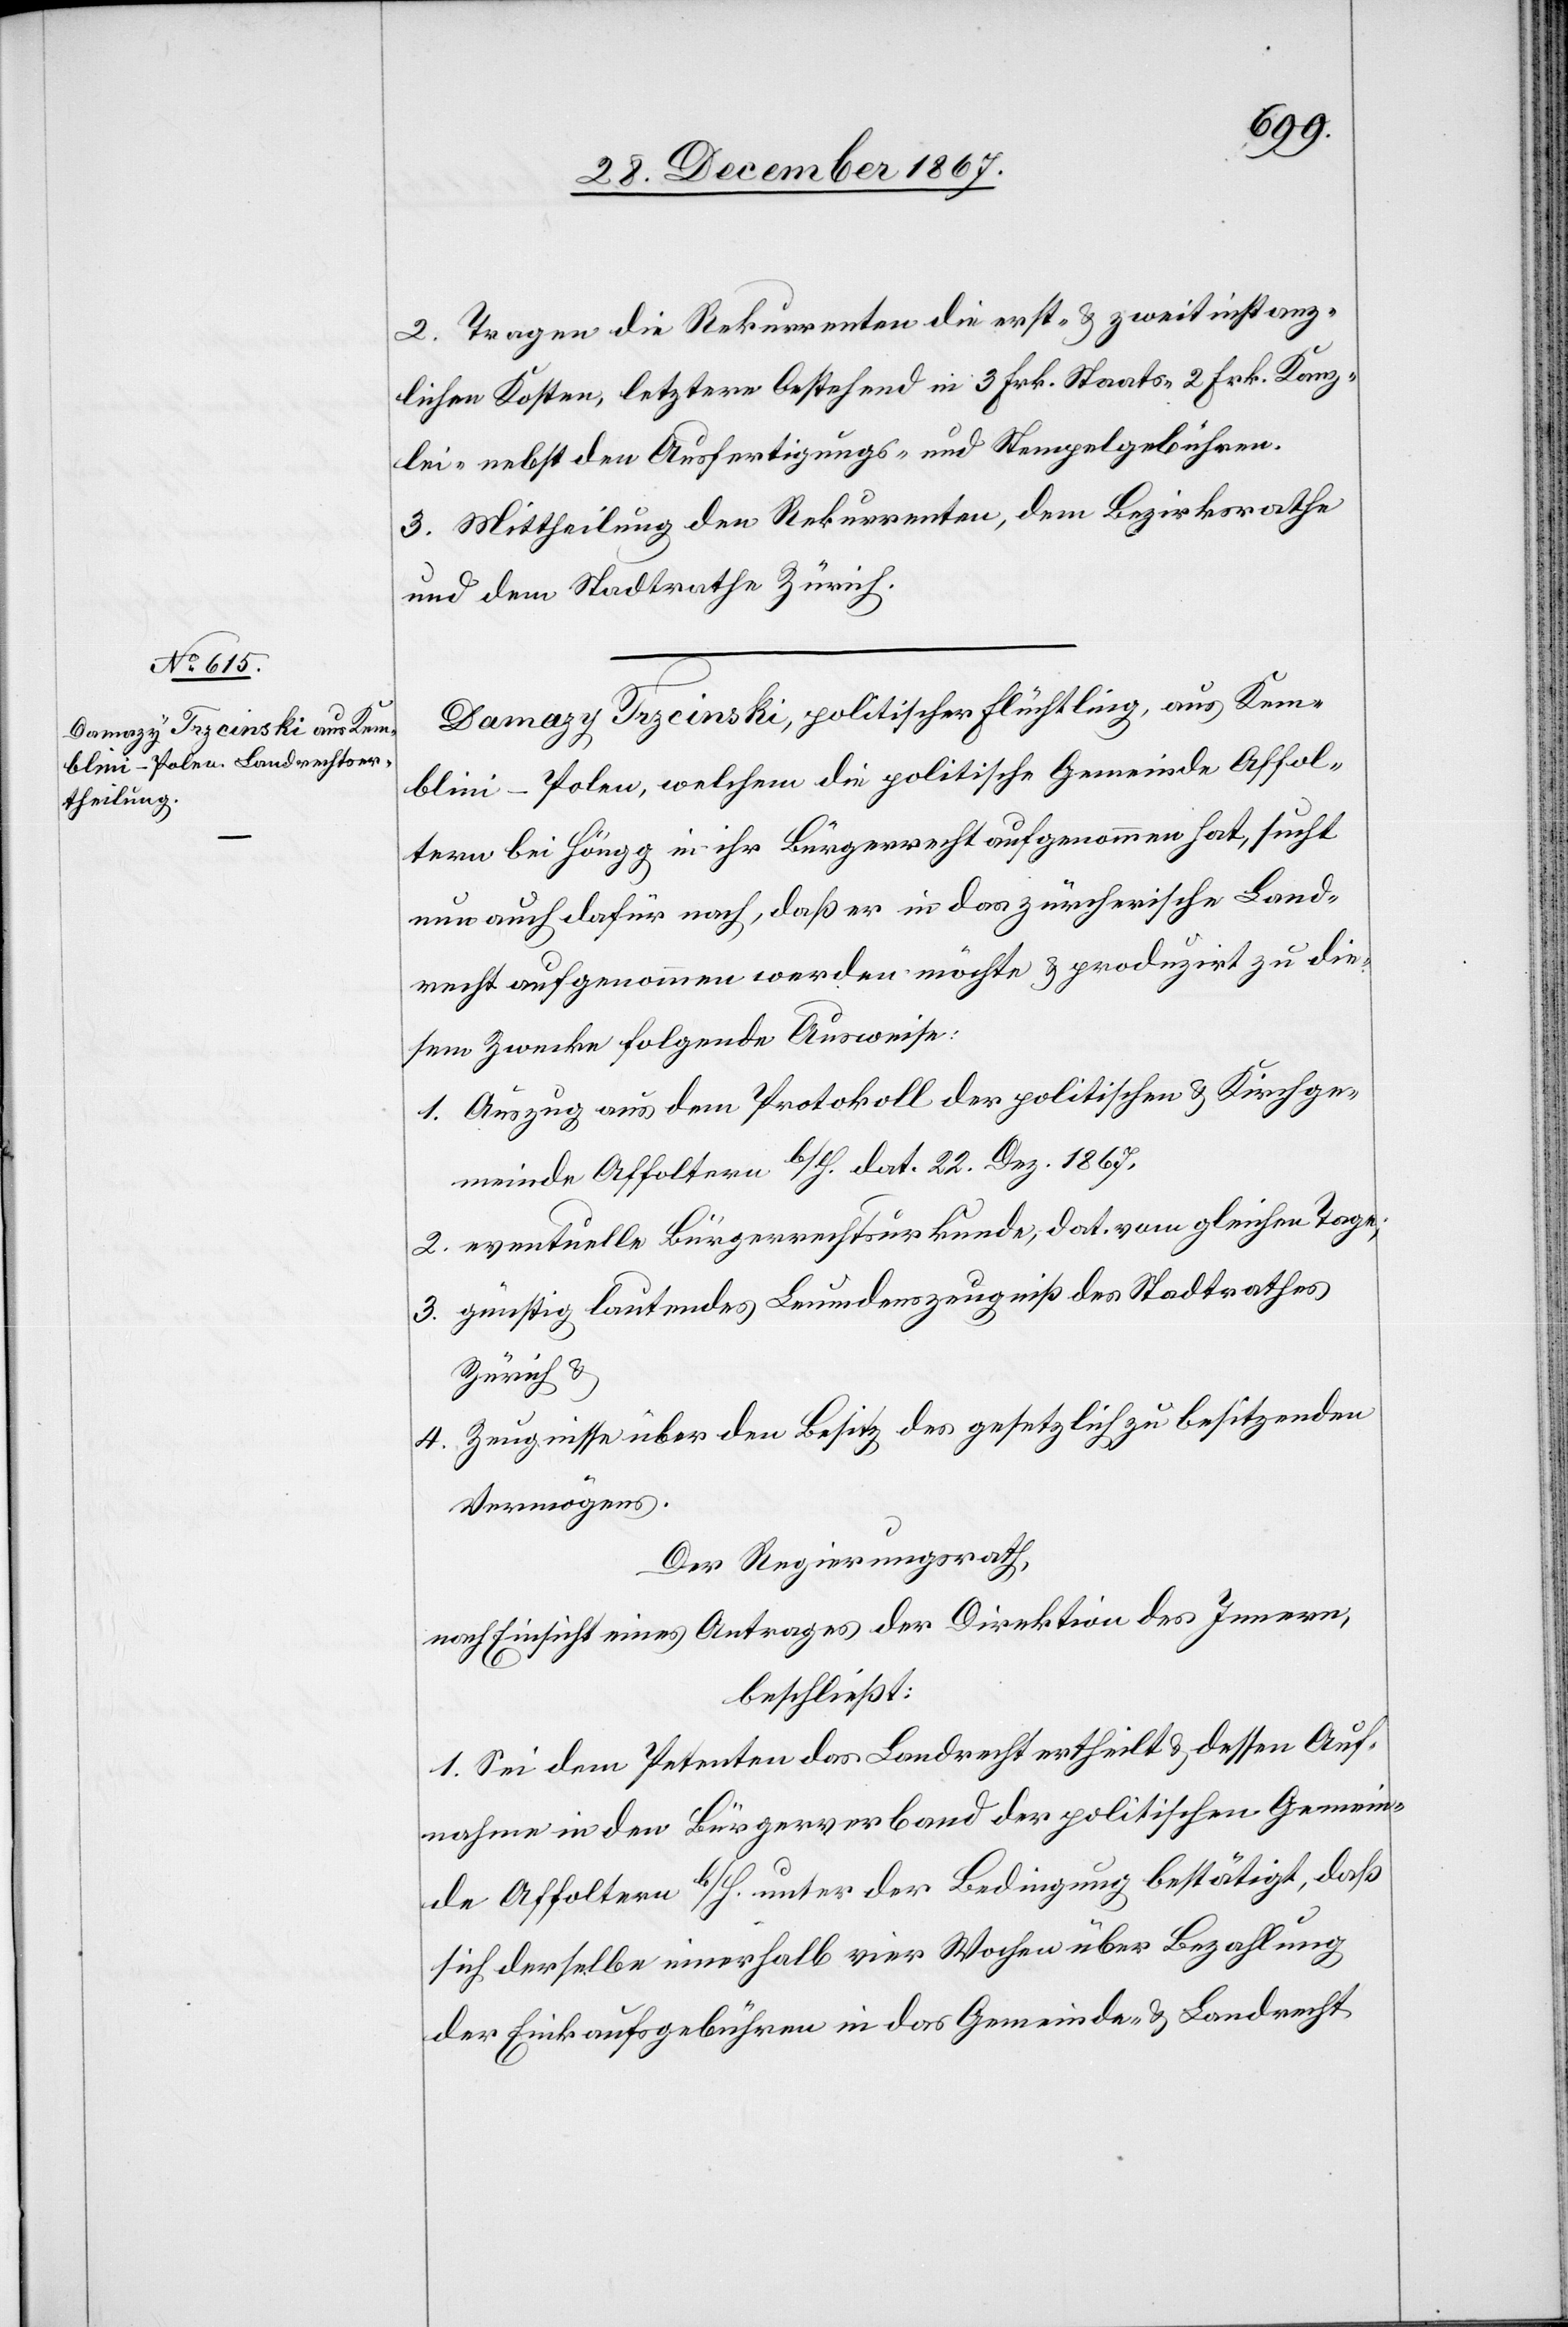
2. Tragen die Rekurrenten die erst- u. zweitinstanz¬
lichen Kosten, letztere bestehend in 3 Frk. Staats- 2 Frk. Kanz¬
lei- nebst den Ausfertigungs- und Stempelgebühren.
3. Mittheilung den Rekurrenten, dem Bezirksrathe
und dem Stadtrathe Zürich.
Damazy Trzcinski, politischer Flüchtling, aus Kem¬
blini-Polen, welchem die politische Gemeinde Affol¬
tern bei Höngg in ihr Bürgerrecht aufgenommen hat, sucht
nun auch dafür nach, daß er in das zürcherische Land¬
recht aufgenommen werden möchte u. produzirt zu die¬
sem Zwecke folgende Ausweise:
1. Auszug aus dem Protokoll der politischen u. Kirchge¬
meinde Affoltern b/H. dat. 2. Dez. 1867,
2. eventuelle Bürgerrechtsurkunde, dat. vom gleichen Tage;
3. günstig lautendes Leumdenszeugniß des Stadtrathes
Zürich u.
4. Zeugnisse über den Besitz des gesetzlichen zu besitzenden
Vermögens.
Der Regierungsrath,
nach Einsicht eines Antrages der Direktion des Innern,
beschließ:
1. Sei dem Petenten das Landrecht ertheilt u. dessen Auf¬
nahme in den Bürgerverband der politischen Gemein¬
de Affoltern b/H. unter der Bedingung bestätigt, daß
sich derselbe innerhalb vier Wochen über Bezahlung
der Einkaufsgebühren in das Gemeinde- u. Landrecht